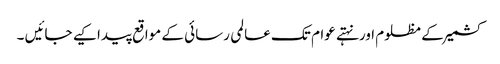
کشمیر کے مظلوم اورنہتے عوام تک عالمی رسائی کے مواقع پیدا کیے جائیں ۔